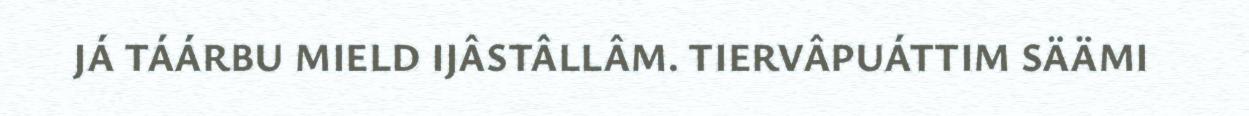
JÁ TÁÁRBU MIELD IJÂSTÂLLÂM. TIERVÂPUÁTTIM SÄÄMI